Civil Veterinary Dept. Assam report 1911-1927 - 1911-1927
Year: 1911
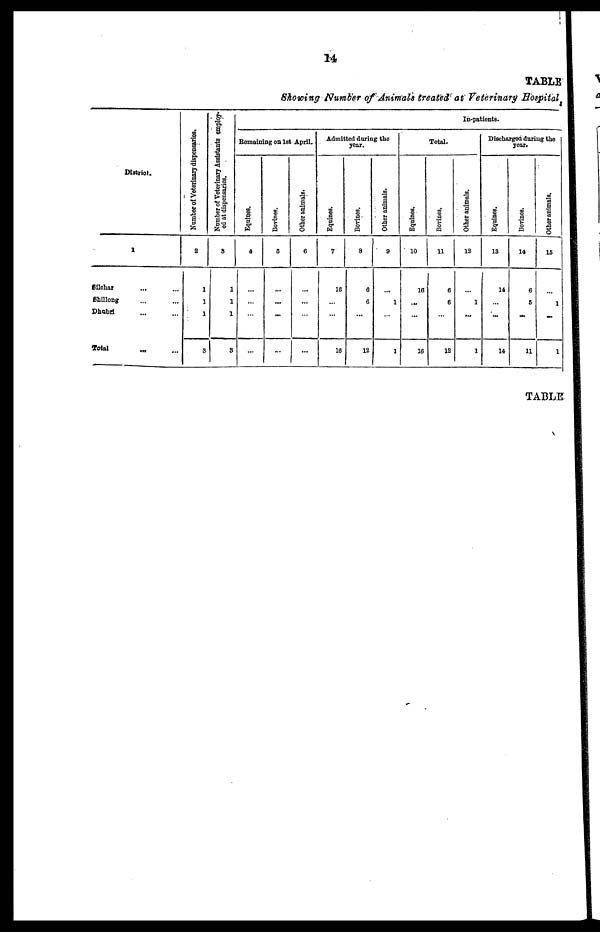
14
TABLE
Showing
Number of animals treated atVeterinary
District.
1
Sllchar ... ...
Shillong ... ...
Dhubrl ... ...
Total ... ...
Number of Veterinary dispensaries.
2
1
1
1
3
Number of Veterinary Assistants employ-
ed at dispensaries.
8
1
1
1
3
In-patients.
Remaining on 1st April.
Equines.
4
...
...
...
...
Bovines.
5
...
...
...
...
Other animals.
6
...
...
...
...
Admitted during the
year.
Equines.
7
16
...
...
16
Bovines.
8
6
6
...
12
Other animals.
9
...
1
...
1
Total.
Equines.
10
16
...
...
16
Bovines.
11
6
6
...
12
Other animals.
12
...
1
...
1
Discharged during the
year.
Equines.
13
14
...
...
14
Bovines.
14
6
5
...
11
Other animals.
15
...
1
...
1
TABLE